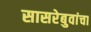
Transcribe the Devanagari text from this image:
सासरेबुवांचा